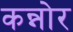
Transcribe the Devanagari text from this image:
कन्नोर